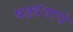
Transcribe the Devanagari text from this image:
षड्यंत्राचे